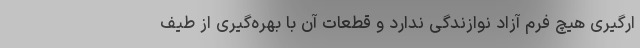
ارگیری هیچ فرم آزاد نوازندگی ندارد و قطعات آن با بهره‌گیری از طیف